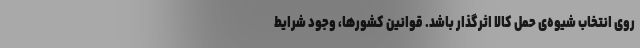
روی انتخاب شیوه‌ی حمل‌ کالا اثرگذار باشد. قوانین کشورها، وجود شرایط